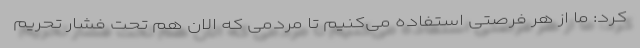
کرد: ما از هر فرصتی استفاده می‌کنیم تا مردمی که الان هم تحت فشار تحریم